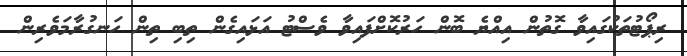
ރިޕޯޓުތަކުގައިވާ ގޮތުން އިއްޔެ ބޮން ހަރުކޮށްފައިވާ ވެސްޓު އަޅައިގެން ތިބި ތިން ހަނގުރާމަވެރިން